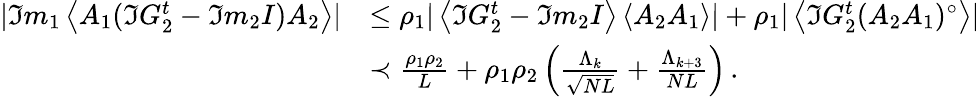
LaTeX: \begin{array}{rl}{|\Im m_{1}\left\langle{A_{1}(\Im G_{2}^{t}-\Im m_{2}I)A_{2}}\right\rangle|}&{\leq\rho_{1}|\left\langle{\Im G_{2}^{t}-\Im m_{2}I}\right\rangle\left\langle{A_{2}A_{1}}\right\rangle|+\rho_{1}|\left\langle{\Im G_{2}^{t}(A_{2}A_{1})^{\circ}}\right\rangle|}\\ &{\prec\frac{\rho_{1}\rho_{2}}{L}+\rho_{1}\rho_{2}\left(\frac{\Lambda_{k}}{\sqrt{NL}}+\frac{\Lambda_{k+3}}{NL}\right)\, .}\end{array}